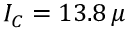
I _ { C } = 1 3 . 8 \, \mu